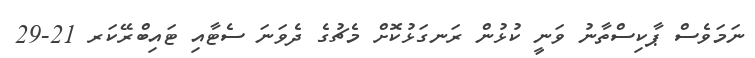
ނަމަވެސް ޕާކިސްތާނު ވަނީ ކުޅުން ރަނގަޅުކޮށް މެޗުގެ ދެވަނަ ސެޓާއި ޓައިބްރޭކަރ 21-29